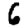
Digit: 6